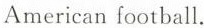
American football.